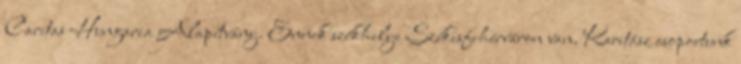
Caritas Hungaria Alapítvány. Ennek székhelye Székesfehérváron van. Karitász csoportunk